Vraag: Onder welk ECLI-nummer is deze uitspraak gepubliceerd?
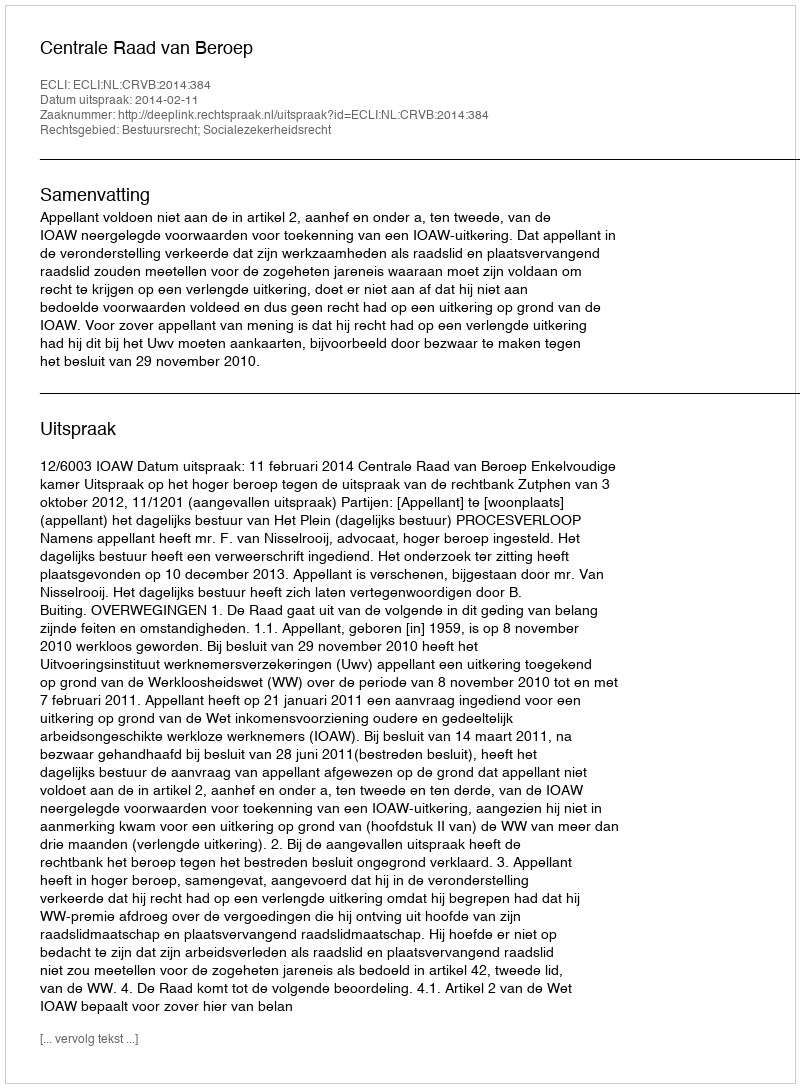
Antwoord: ECLI:NL:CRVB:2014:384